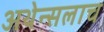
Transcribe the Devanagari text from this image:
अथेन्सलाच